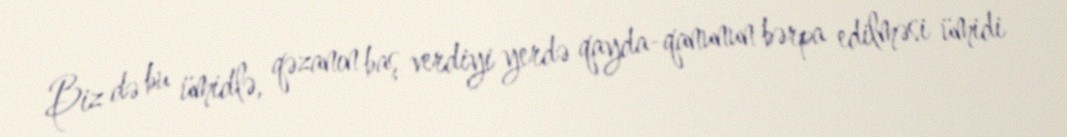
Biz də bu ümidlə, qəzanın baş verdiyi yerdə qayda-qanunun bərpa edilməsi ümidi